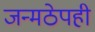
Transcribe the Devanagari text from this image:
जन्मठेपही